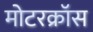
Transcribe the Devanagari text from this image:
मोटरक्रॉस